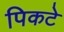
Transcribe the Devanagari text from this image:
पिकटे